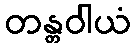
တန္တဝါယံ